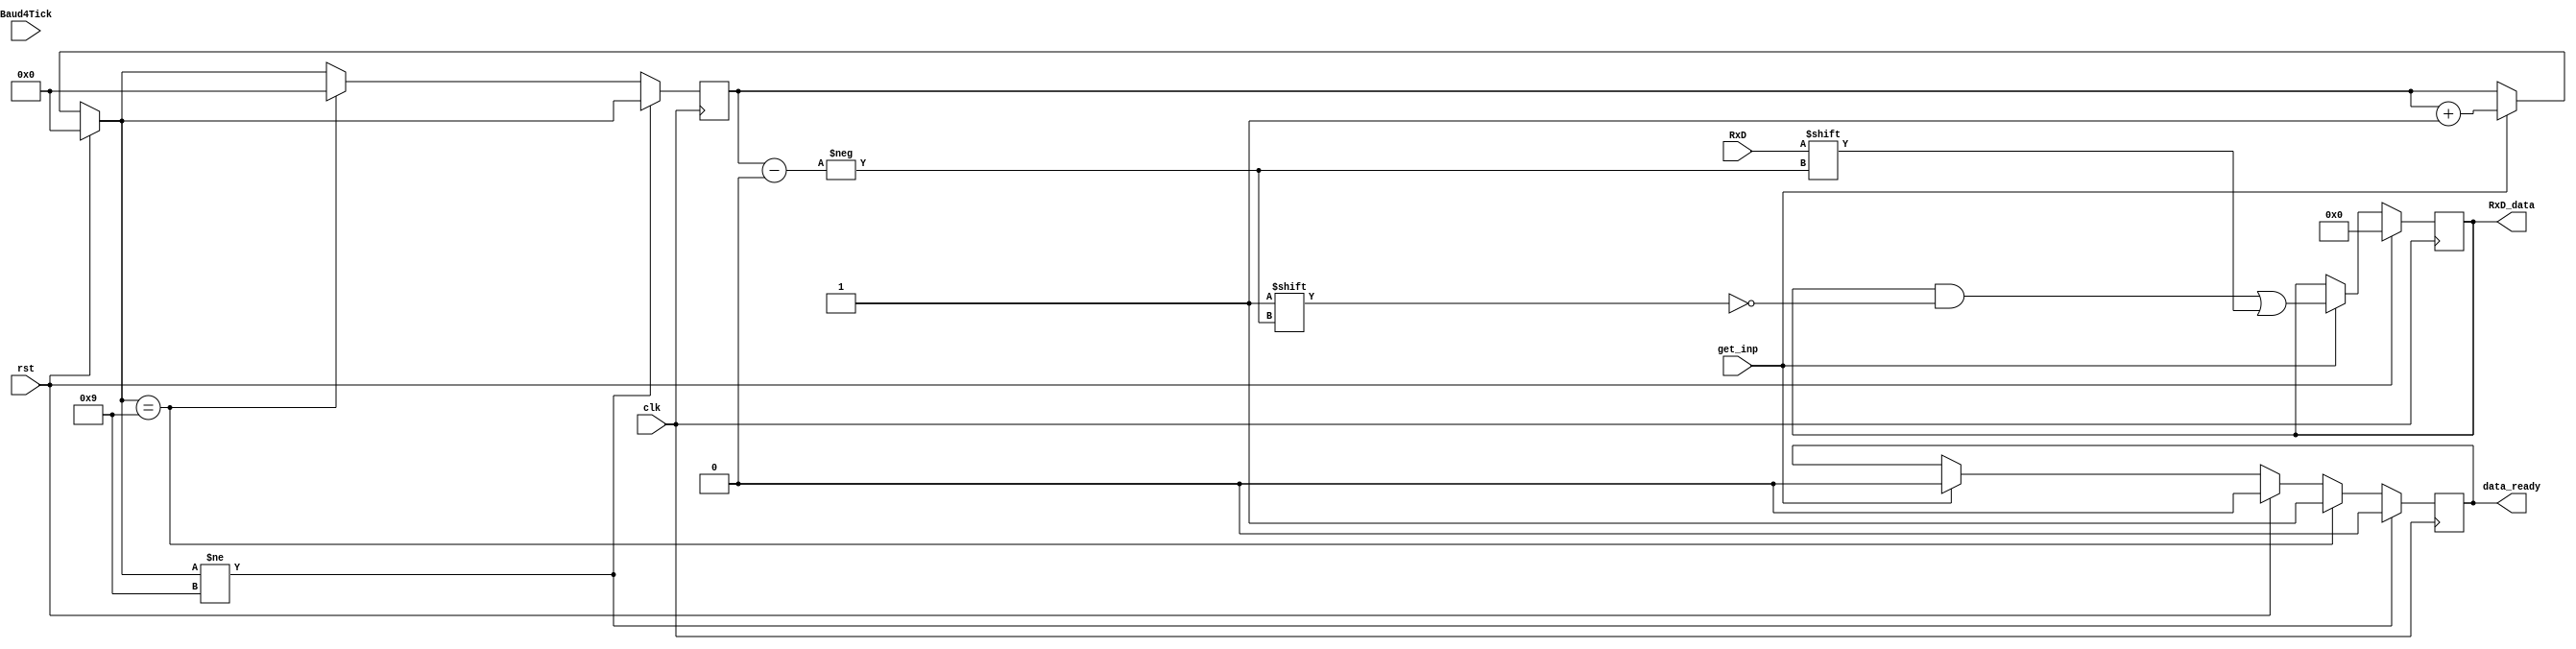
module RX_reg(input Baud4Tick,RxD, rst, clk,get_inp, output reg data_ready, output reg[8:0]RxD_data);
reg start_found;

reg[3:0] converted_counter;

always @(posedge clk)begin
  if (rst)begin
    converted_counter=0;
    RxD_data<=0;
    data_ready =0;
  end
  else	if(get_inp) begin
      data_ready=0;
			RxD_data[converted_counter]<=RxD;
			converted_counter=converted_counter+1;
		end
		if(converted_counter!=9)
		  data_ready=0;
		 else if(converted_counter==9) begin
		  converted_counter=0;
		  data_ready=1;
	end
end


endmodule